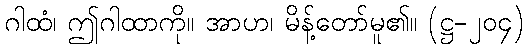
ဂါထံ၊ ဤဂါထာကို။ အာဟ၊ မိန့်တော်မူ၏။ (ဋ္ဌ-၂၀၄)